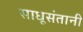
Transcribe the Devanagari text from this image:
साधूसंतानी